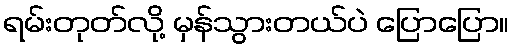
ရမ်းတုတ်လို့ မှန်သွားတယ်ပဲ ပြောပြော။